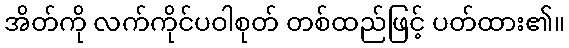
အိတ်ကို လက်ကိုင်ပဝါစုတ် တစ်ထည်ဖြင့် ပတ်ထား၏။